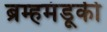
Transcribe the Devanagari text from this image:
ब्रम्हमंडूकी